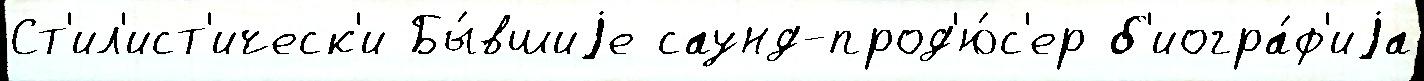
Ст'ил'ист'ическ'и Бы́вшиjе саунд-прод'ю́с'ер б'иогра́ф'иjа